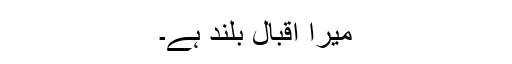
میرا اقبال بلند ہے۔